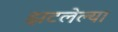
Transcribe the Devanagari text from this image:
झटलेल्या